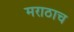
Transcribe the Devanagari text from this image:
मराठाच